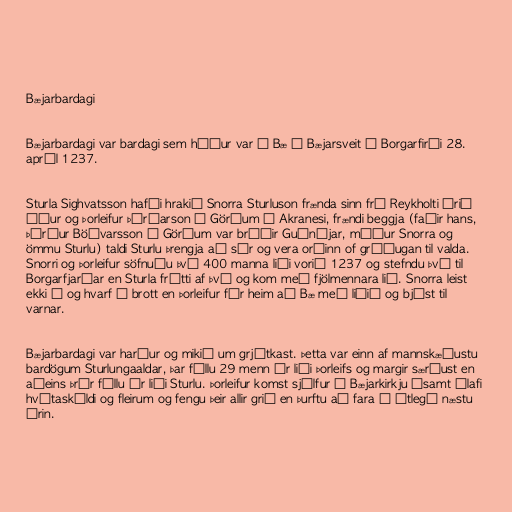
Bæjarbardagi

Bæjarbardagi var bardagi sem háður var á Bæ í Bæjarsveit í Borgarfirði 28.
apríl 1237.

Sturla Sighvatsson hafði hrakið Snorra Sturluson frænda sinn frá Reykholti árið
áður og Þorleifur Þórðarson í Görðum á Akranesi, frændi beggja (faðir hans,
Þórður Böðvarsson í Görðum var bróðir Guðnýjar, móður Snorra og
ömmu Sturlu) taldi Sturlu þrengja að sér og vera orðinn of gráðugan til valda.
Snorri og Þorleifur söfnuðu því 400 manna liði vorið 1237 og stefndu því til
Borgarfjarðar en Sturla frétti af því og kom með fjölmennara lið. Snorra leist
ekki á og hvarf á brott en Þorleifur fór heim að Bæ með liðið og bjóst til
varnar.

Bæjarbardagi var harður og mikið um grjótkast. Þetta var einn af mannskæðustu
bardögum Sturlungaaldar, þar féllu 29 menn úr liði Þorleifs og margir særðust en
aðeins þrír féllu úr liði Sturlu. Þorleifur komst sjálfur í Bæjarkirkju ásamt Ólafi
hvítaskáldi og fleirum og fengu þeir allir grið en þurftu að fara í útlegð næstu
árin.